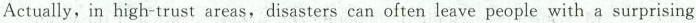
Actually, in high-trust areas,disasters can often leave people with a surprising